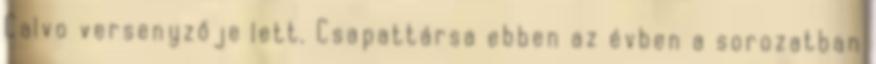
Calvo versenyzője lett. Csapattársa ebben az évben a sorozatban